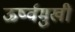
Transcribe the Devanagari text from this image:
ऊर्ष्वमुखी